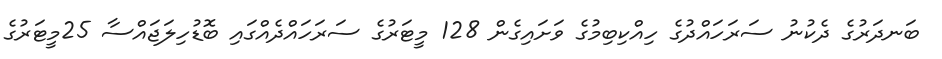
ބަނދަރުގެ ދެކުނު ސަރަހައްދުގެ ހިއްކިބިމުގެ ވަށައިގެން 128 މީޓަރުގެ ސަރަހައްދެއްގައި ބޮޑުހިލަޖައްސާ 25މީޓަރުގެ